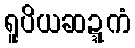
ရူပိယဆဍ္ဍကံ